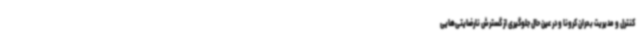
کنترل و مدیریت بحران کرونا و در عین حال جلوگیری از گسترش نارضایتی‌هایی